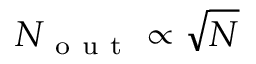
N _ { \mathrm { ~ o ~ u ~ t ~ } } \propto \sqrt { N }